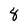
Character: 8